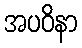
အပဝိနာ